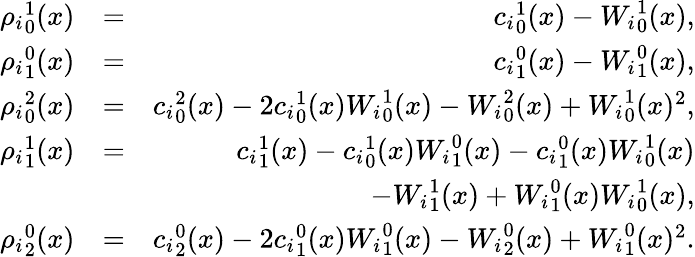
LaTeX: \begin{array}{rlr}{{\rho_{i}}_{0}^{1}(x)}&{=}&{{c_{i}}_{0}^{1}(x)-{W_{i}}_{0}^{1}(x),}\\ {{\rho_{i}}_{1}^{0}(x)}&{=}&{{c_{i}}_{1}^{0}(x)-{W_{i}}_{1}^{0}(x),}\\ {{\rho_{i}}_{0}^{2}(x)}&{=}&{{c_{i}}_{0}^{2}(x)-2{c_{i}}_{0}^{1}(x){W_{i}}_{0}^{1}(x)-{W_{i}}_{0}^{2}(x)+{W_{i}}_{0}^{1}(x)^{2},}\\ {{\rho_{i}}_{1}^{1}(x)}&{=}&{{c_{i}}_{1}^{1}(x)-{c_{i}}_{0}^{1}(x){W_{i}}_{1}^{0}(x)-{c_{i}}_{1}^{0}(x){W_{i}}_{0}^{1}(x)}\\ &{}&{-{W_{i}}_{1}^{1}(x)+{W_{i}}_{1}^{0}(x){W_{i}}_{0}^{1}(x),}\\ {{\rho_{i}}_{2}^{0}(x)}&{=}&{{c_{i}}_{2}^{0}(x)-2{c_{i}}_{1}^{0}(x){W_{i}}_{1}^{0}(x)-{W_{i}}_{2}^{0}(x)+{W_{i}}_{1}^{0}(x)^{2}.}\end{array}